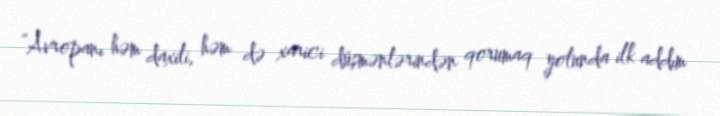
“Avropanı həm daxili, həm də xarici düşmənlərindən qorumaq yolunda ilk addım